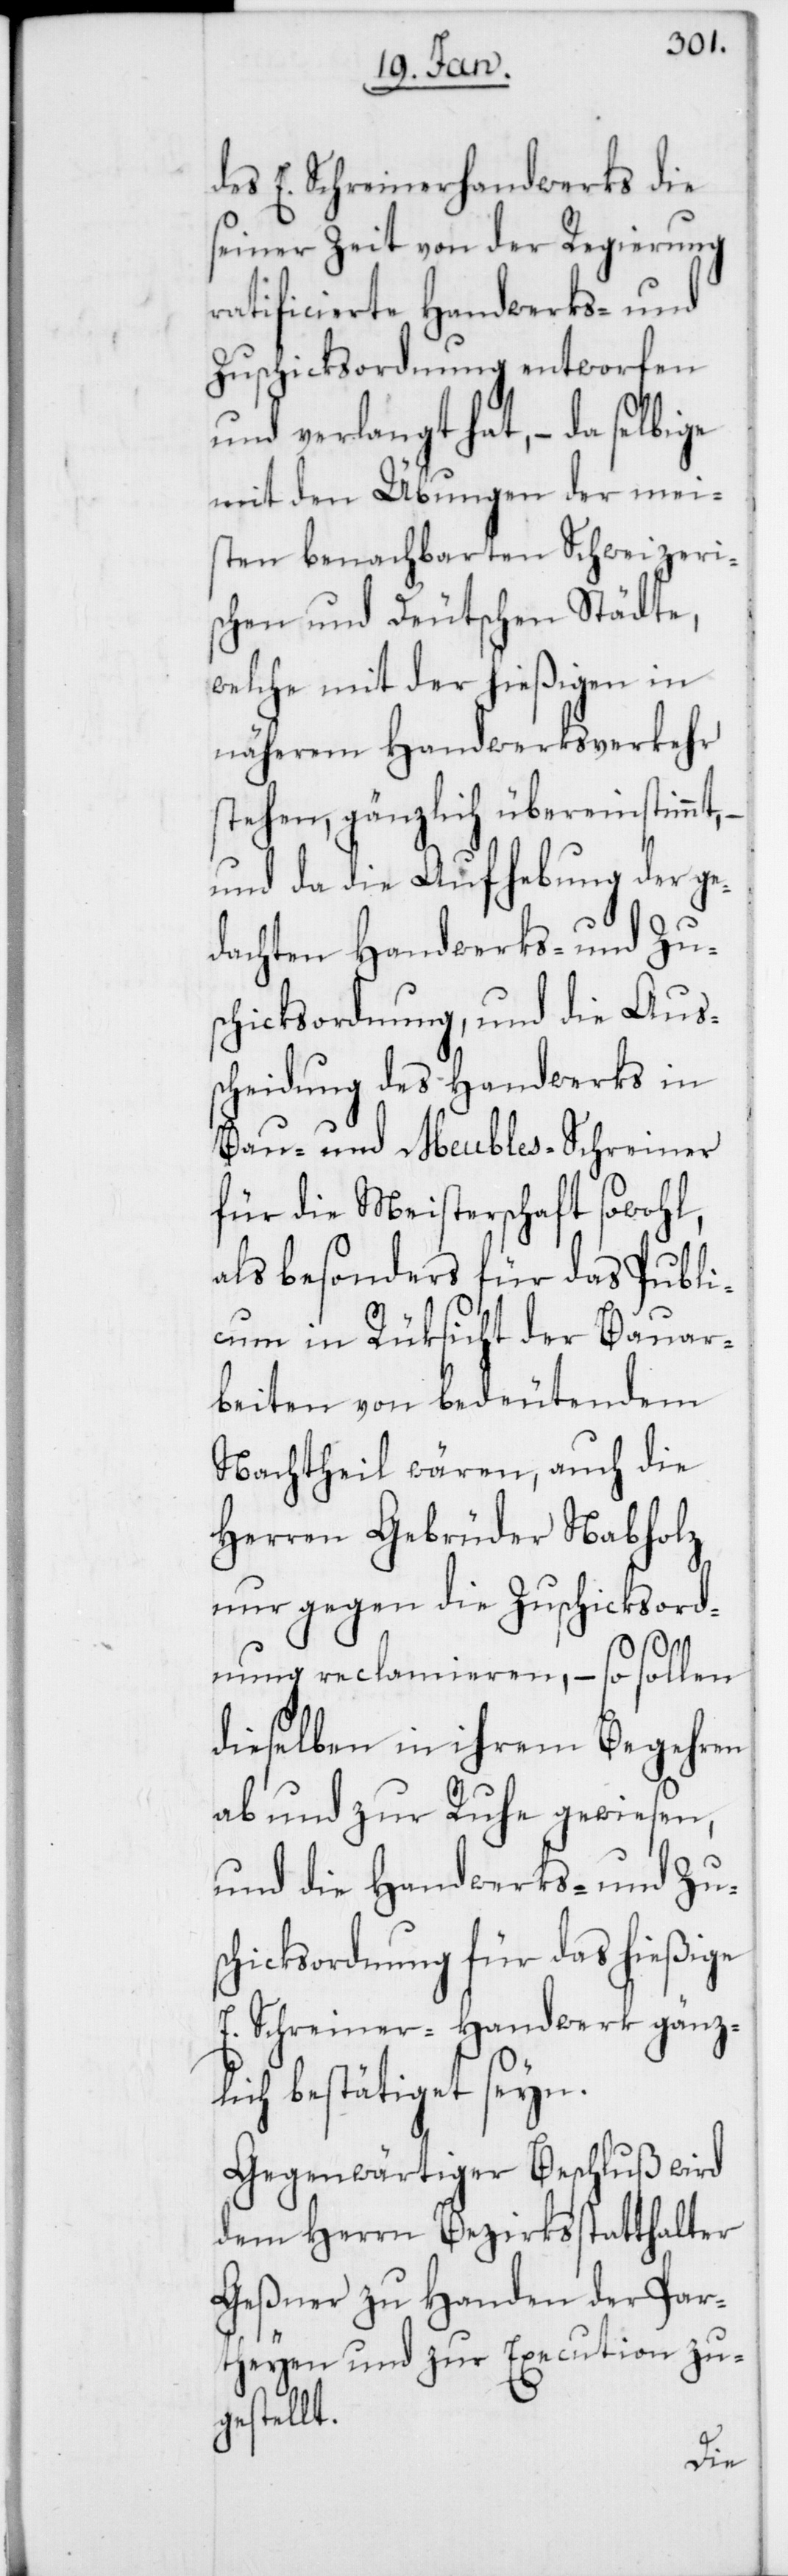
des E. Schreinerhandwerks die
seiner Zeit von der Regierung
ratificierte Handwerks- und
Zuschicksordnung entworfen
und verlangt hat, – da selbige
mit den Übungen der mei¬
sten benachbarten Schweizeri¬
schen und Deutschen Städte,
welche mit der hießigen in
näherem Handwerksverkehr
stehen, gänzlich übereinstimmt,
und da die Aufhebung der ge¬
dachten Handwerks- und Zus¬
chicksordnung, und die Aus¬
scheidung des Handwerks in
Bau- und Meubles-Schreiner
für die Meisterschaft sowohl,
als besonders für das Publi¬
cum in Rüksicht der Bauar¬
beiten von bedeutendem
Nachtheil wären, auch die
Herren Gebrüder Nabholz
nur gegen die Zuschicksord¬
nung reclamieren, – so sollen
dieselben in ihrem Begehren
ab und zur Ruhe gewiesen,
und die Handwerks- und Zu¬
schicksordnung für das hießige
E. Schreiner-Handwerk gänz¬
lich bestätiget seyn.
Gegenwärtiger Beschluß wird
dem Herrn Bezirksstatthalter
Geßner zu Handen der Par¬
theyen und zur Execution zu¬
gestellt.